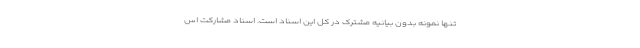
تنها نمونه بدون بیانیه مشترک در کل این اسناد است. اسناد مشارکت اس